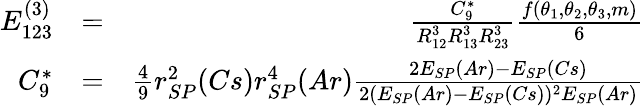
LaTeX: \begin{array}{rlr}{E_{123}^{(3)}}&{=}&{\frac{C_{9}^{*}}{R_{12}^{3}R_{13}^{3}R_{23}^{3}}\frac{f(\theta_{1},\theta_{2},\theta_{3},m)}{6}}\\ {C_{9}^{*}}&{=}&{\frac{4}{9}r_{SP}^{2}(Cs)r_{SP}^{4}(Ar)\frac{2E_{SP}(Ar)-E_{SP}(Cs)}{2(E_{SP}(Ar)-E_{SP}(Cs))^{2}E_{SP}(Ar)}}\end{array}